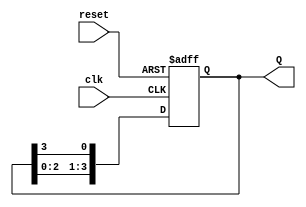
module ring_counter (
    input clk,
    input reset,
    output reg [3:0] Q
);

always @(posedge clk or posedge reset) begin
    if (reset) begin
        Q <= 4'b0001;
    end else begin
        Q <= {Q[2:0], Q[3]};
    end
end

endmodule